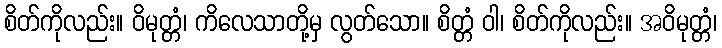
စိတ်ကိုလည်း။ ဝိမုတ္တံ၊ ကိလေသာတို့မှ လွတ်သော။ စိတ္တံ ဝါ၊ စိတ်ကိုလည်း။ အဝိမုတ္တံ၊